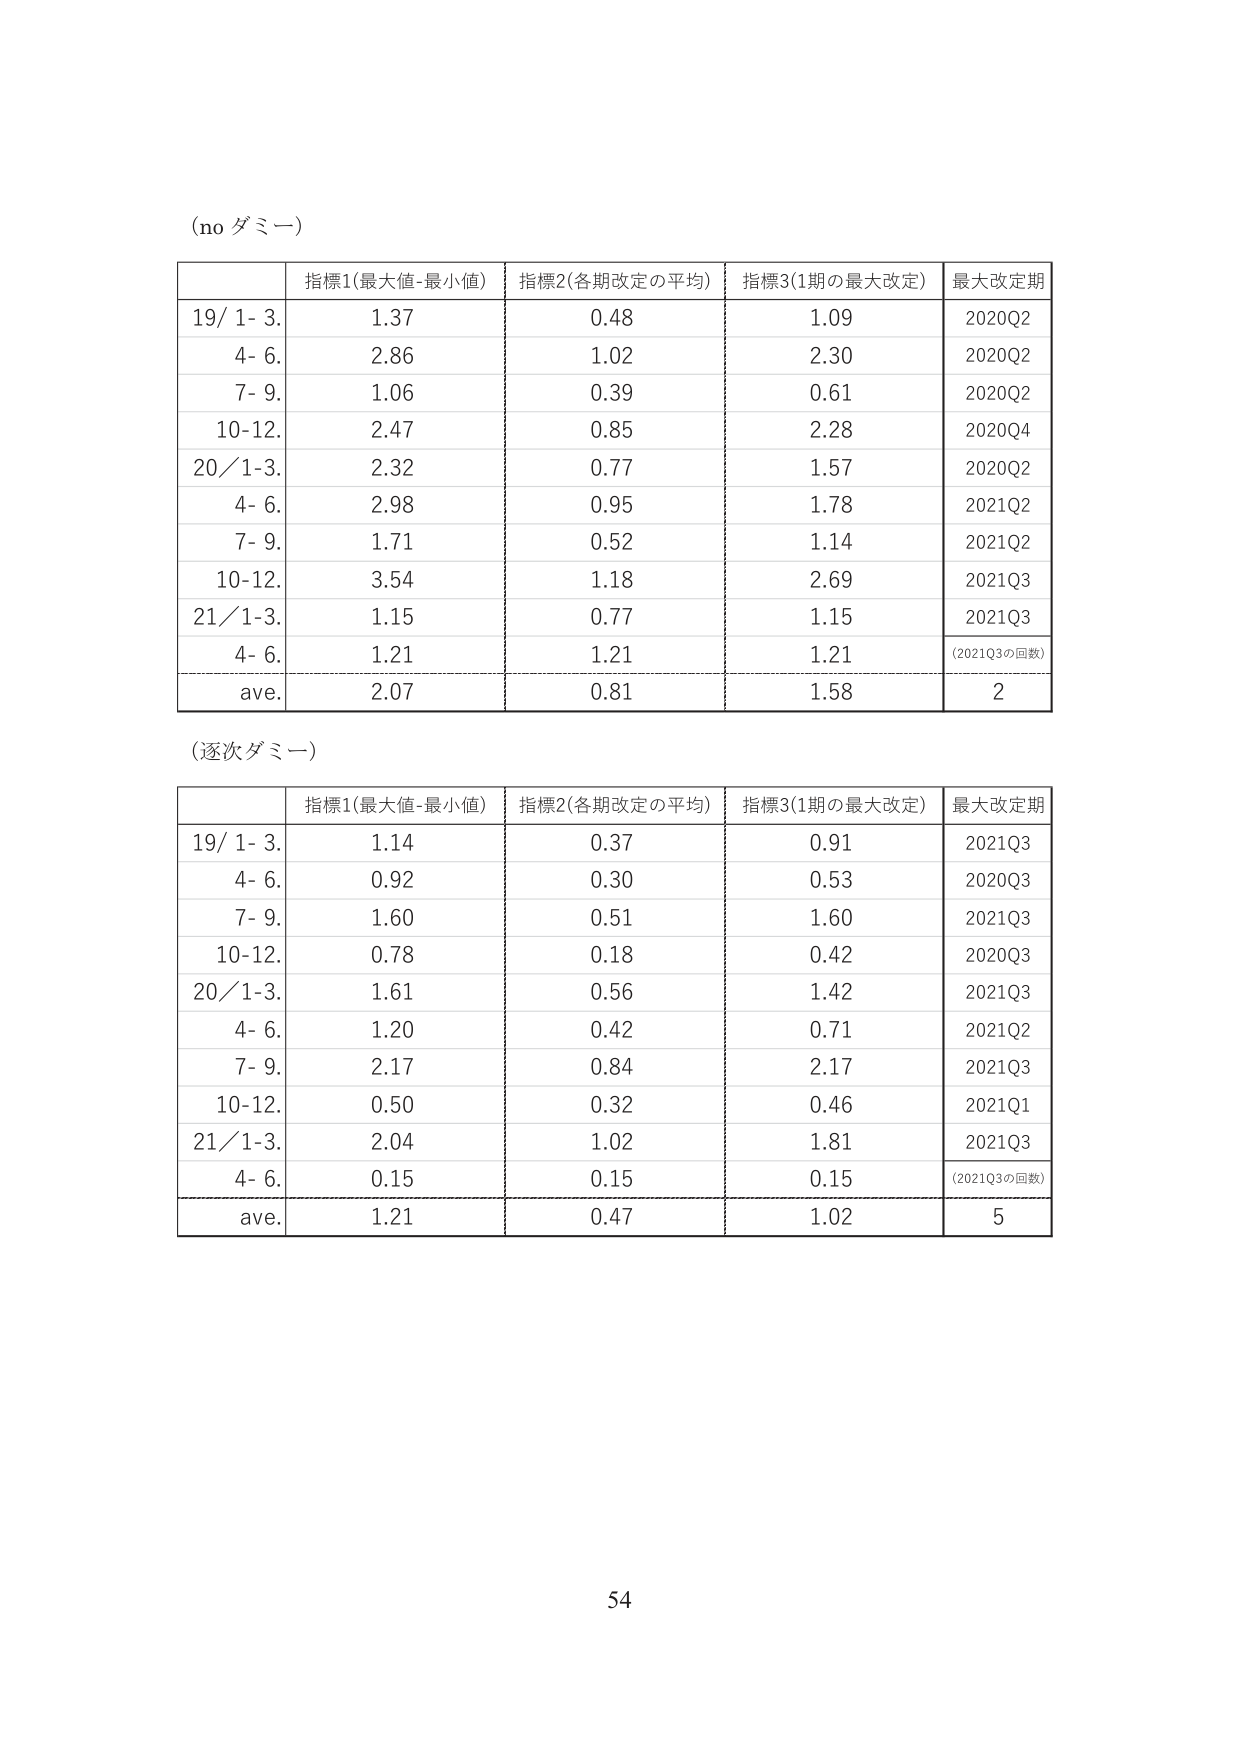
(no ダミー)

| | 指標1(最大値-最小値) | 指標2(各期改定の平均) | 指標3(1期の最大改定) | 最大改定期 |
|---|---|---|---|---|
| 19/ 1- 3. | 1.37 | 0.48 | 1.09 | 2020Q2 |
| 4- 6. | 2.86 | 1.02 | 2.30 | 2020Q2 |
| 7- 9. | 1.06 | 0.39 | 0.61 | 2020Q2 |
| 10-12. | 2.47 | 0.85 | 2.28 | 2020Q4 |
| 20/ 1-3. | 2.32 | 0.77 | 1.57 | 2020Q2 |
| 4- 6. | 2.98 | 0.95 | 1.78 | 2021Q2 |
| 7- 9. | 1.71 | 0.52 | 1.14 | 2021Q2 |
| 10-12. | 3.54 | 1.18 | 2.69 | 2021Q3 |
| 21/ 1-3. | 1.15 | 0.77 | 1.15 | 2021Q3 |
| 4- 6. | 1.21 | 1.21 | 1.21 | (2021Q3の回数) |
| ave. | 2.07 | 0.81 | 1.58 | 2 |

(逐次ダミー)

| | 指標1(最大値-最小値) | 指標2(各期改定の平均) | 指標3(1期の最大改定) | 最大改定期 |
|---|---|---|---|---|
| 19/ 1- 3. | 1.14 | 0.37 | 0.91 | 2021Q3 |
| 4- 6. | 0.92 | 0.30 | 0.53 | 2020Q3 |
| 7- 9. | 1.60 | 0.51 | 1.60 | 2021Q3 |
| 10-12. | 0.78 | 0.18 | 0.42 | 2020Q3 |
| 20/ 1-3. | 1.61 | 0.56 | 1.42 | 2021Q3 |
| 4- 6. | 1.20 | 0.42 | 0.71 | 2021Q2 |
| 7- 9. | 2.17 | 0.84 | 2.17 | 2021Q3 |
| 10-12. | 0.50 | 0.32 | 0.46 | 2021Q1 |
| 21/ 1-3. | 2.04 | 1.02 | 1.81 | 2021Q3 |
| 4- 6. | 0.15 | 0.15 | 0.15 | (2021Q3の回数) |
| ave. | 1.21 | 0.47 | 1.02 | 5 |

54